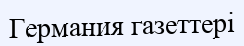
Германия газеттері